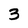
Character: 3